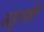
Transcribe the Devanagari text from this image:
काट्टश्शेरि